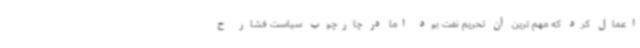
اعمال کرد که مهم ترین آن تحریم نفت بود اما در چارچوب سیاست فشار ح